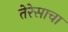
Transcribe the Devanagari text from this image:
तेरेसाचा